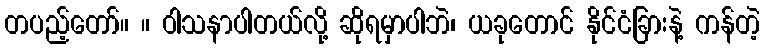
တပည့်တော်။ ။ ဝါသနာပါတယ်လို့ ဆိုရမှာပါဘဲ၊ ယခုတောင် နိုင်ငံခြားနဲ့ ကန်တဲ့